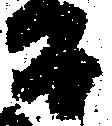
而